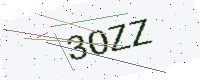
Text: 3OZZ